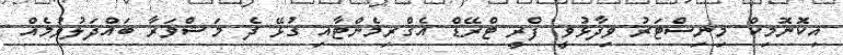
އިކޮނޮމިކް މިނިސްޓަރު ވިދާޅުވީ ފްރީ ޓްރޭޑް އެގްރިމެންޓާއި ގުޅޭ ދެ މަޝްވަރާ ބައްދަލުވުމެއް